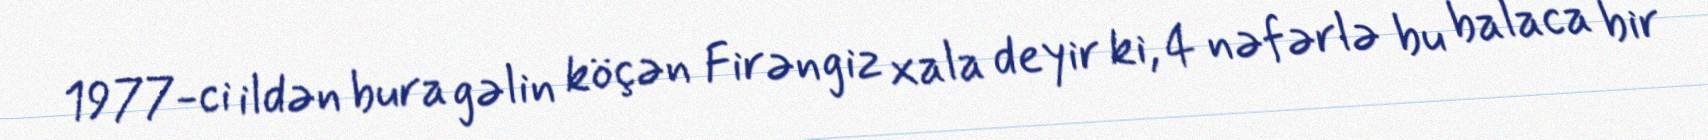
1977-ci ildən bura gəlin köçən Firəngiz xala deyir ki, 4 nəfərlə bu balaca bir